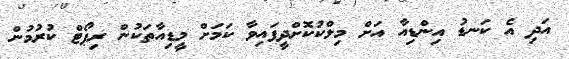
އަދި އެ ކަނޑު އިންޑިއާ އަށް މިލްކުކޮށްދީފައިވާ ކަމަށް މީޑިއާތަކުން ރިޕޯޓް ކުރުމުން